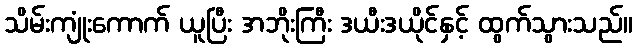
သိမ်းကျုံးကောက် ယူပြီး အဘိုးကြီး ဒယီးဒယိုင်နှင့် ထွက်သွားသည်။